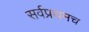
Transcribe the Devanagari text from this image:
सर्वप्रथमच